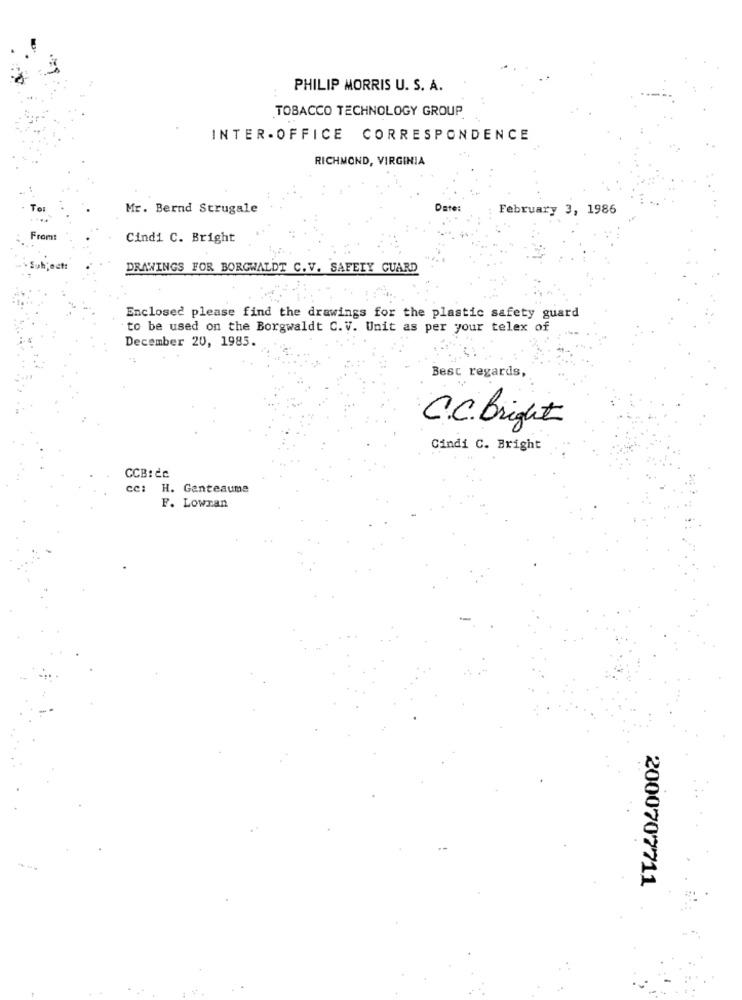
PHILIP MORRIS U. S. A.
TOBACCO TECHNOLOGY GROUP
INTER- OFFICE CORRESPONDENCE
RICHMOND, VIRGINIA
Mr. Bernd Strugale
Date:
February 3, 1986
From:
Cindi C. Bright
DRAWINGS FOR BORGWALDT C. V. SAFETY GUARD
Enclosed please find the drawings for the plastic safety guard
to be used on the Borgwaldt C. V. Unit as per your telex of
December 20, 1985.
Best regards,
C.C. Bright
Cindi C. Bright
CCB: Ce
cc: H. Ganteaume
F. Lowran
2000707711